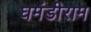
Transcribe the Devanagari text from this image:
घमंडीराम